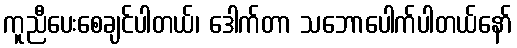
ကူညီပေးစေချင်ပါတယ်၊ ဒေါက်တာ သဘောပေါက်ပါတယ်နော်